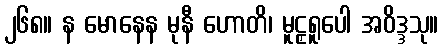
၂၆၈။ န မောနေန မုနီ ဟောတိ၊ မူဠှရူပေါ အဝိဒ္ဒသု။